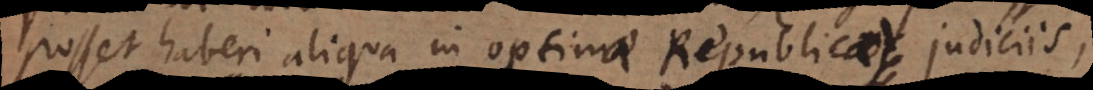
osset haberi aliqua in optima Republica) optimae